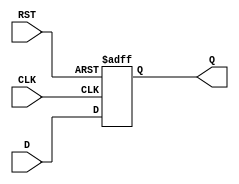
module IntermediateRegister #(
    parameter WIDTH = 8  // Parameter to define the width of the register
)(
    input wire [WIDTH-1:0] D,       // Data input
    input wire CLK,                  // Clock input
    input wire RST,                  // Asynchronous reset
    output reg [WIDTH-1:0] Q         // Data output
);

// Always block for synchronous operation with asynchronous reset
always @(posedge CLK or posedge RST) begin
    if (RST) begin
        Q <= {WIDTH{1'b0}};  // Reset output to 0
    end else begin
        Q <= D;              // Capture input data on clock edge
    end
end

endmodule